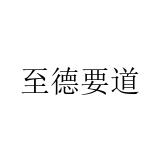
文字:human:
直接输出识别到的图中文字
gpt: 至德要道